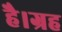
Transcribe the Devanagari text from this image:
है।ग्रह